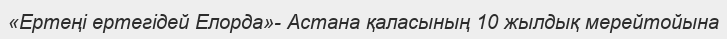
«Ертеңі ертегідей Елорда»- Астана қаласының 10 жылдық мерейтойына